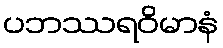
ပဘဿရဝိမာနံ